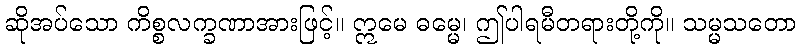
ဆိုအပ်သော ကိစ္စလက္ခဏာအားဖြင့်။ ဣမေ ဓမ္မေ၊ ဤပါရမီတရားတို့ကို။ သမ္မသတော